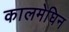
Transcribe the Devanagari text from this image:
कालमेघिन